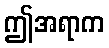
ဤအရာက